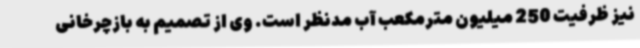
نیز ظرفیت 250 میلیون مترمکعب آب مدنظر است. وی از تصمیم به بازچرخانی